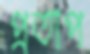
প্রতাপ